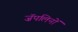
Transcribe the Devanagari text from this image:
ज़ॅपलिनों